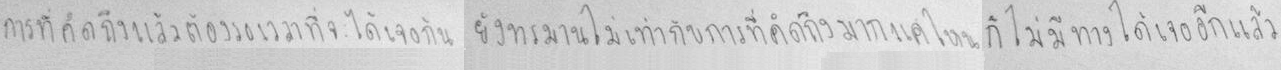
การที่คิดถึงแล้วต้องรอเวลาที่จะได้เจอกัน ยังทรมานไม่เท่ากับการที่คิดถึงมากแค่ไหน ก็ไม่มีทางได้เจออีกแล้ว